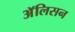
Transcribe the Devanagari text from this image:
अॅलिसन